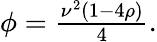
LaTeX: \begin{array}{r}{\phi=\frac{\nu^{2}(1-4\rho)}{4}.}\end{array}